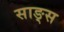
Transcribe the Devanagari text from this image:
साङ्स